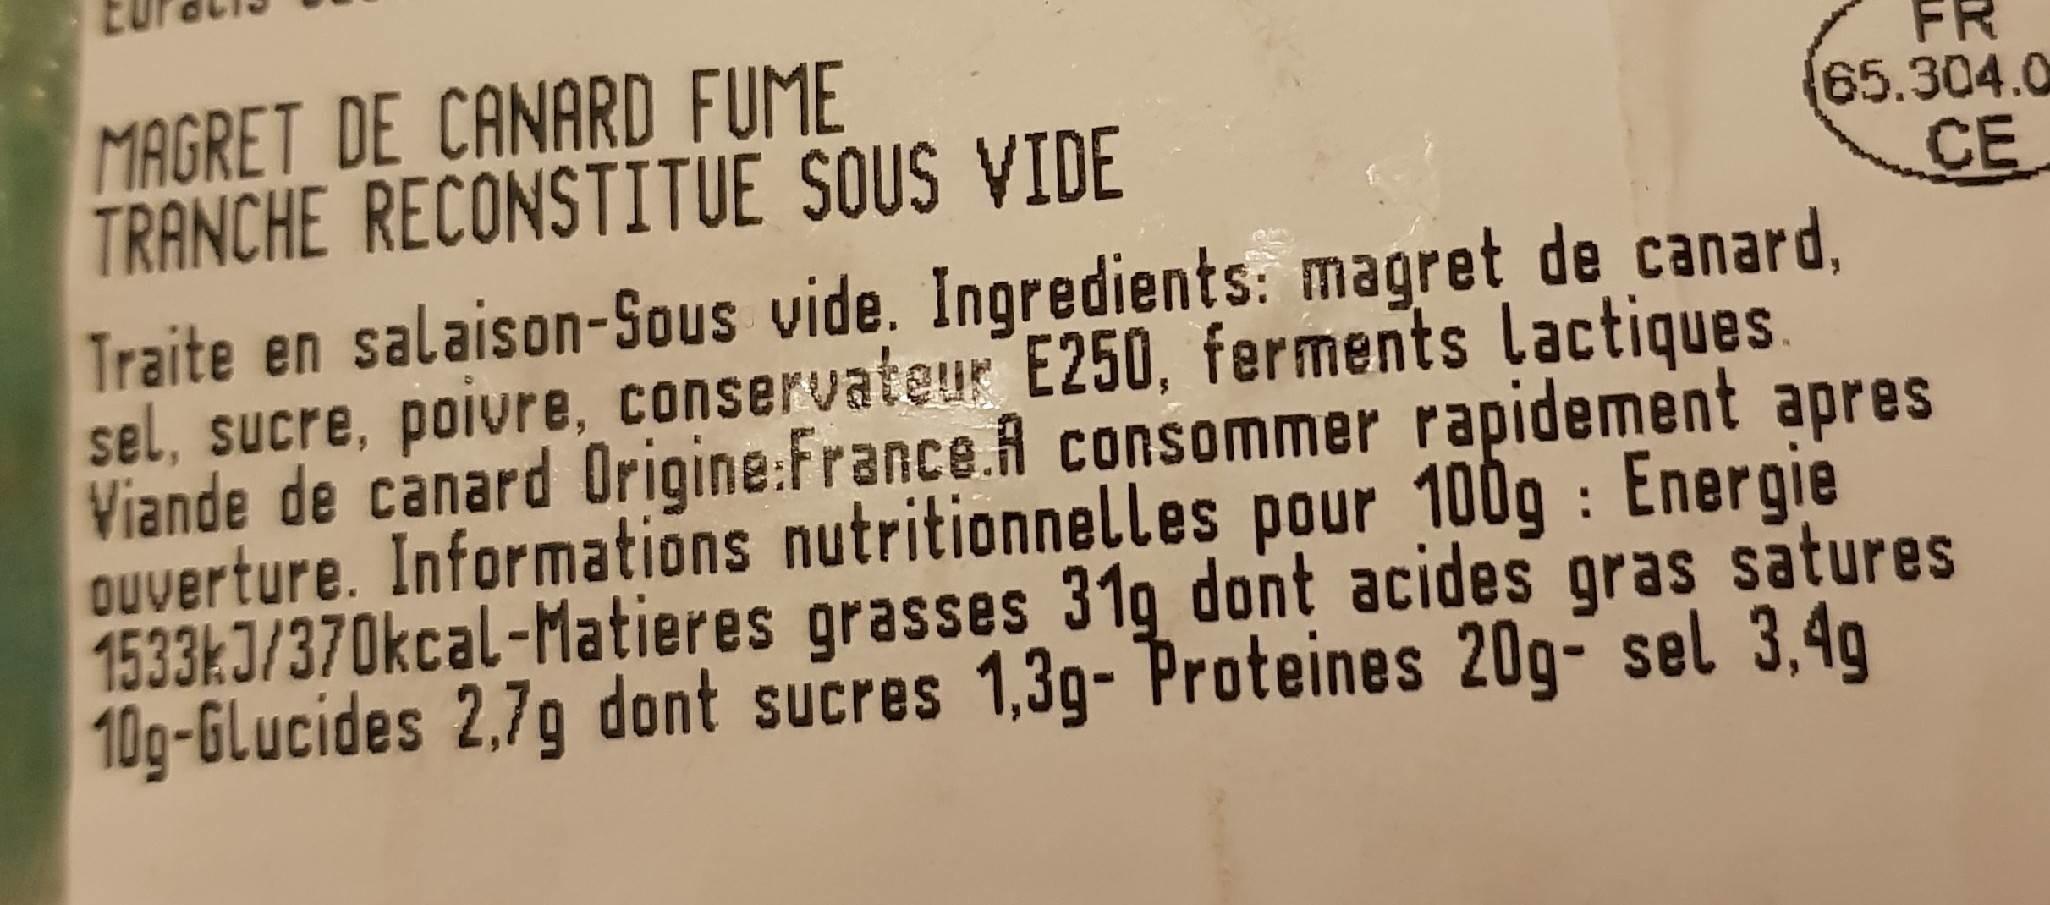
MAGRET DE CANARD FUME TRANCHE RECONSTITUE SOUS VIDE
FR (65.304.0 CE
Traite en salaison-Sous vide. Ingredients: magret de canard, sel, sucre, poivre, conservateur E250, ferments lactiques. Viande de canard Origine:France.A consommer rapidement apres Ouverture. Informations nutritionnelles pour 100g : Energie 1533 J/370kcal-Matieres grasses 319 dont acides gras satures 10g-GLucides 2,7g dont sucres 1,3g- Proteines 20g- sel 3,4g